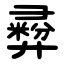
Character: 彛